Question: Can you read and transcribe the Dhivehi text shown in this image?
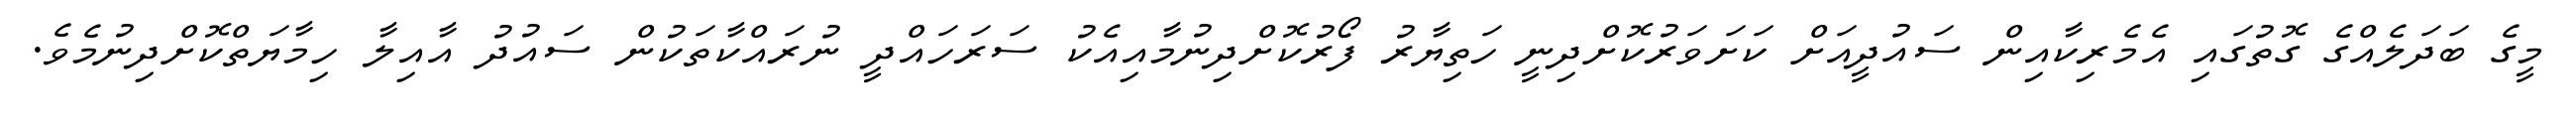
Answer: މީގެ ބަދަލެއްގެ ގޮތުގައި އެމެރިކާއިން ސައުދީއަށް ކަށަވަރުކޮށްދިނީ ހަތިޔާރު ފޯރުކޮށްދިނުމާއިއެކު ސަރަހައްދީ ނުރައްކާތަކުން ސައުދު އާއިލާ ހިމާޔަތްކޮށްދިނުމެވެ.